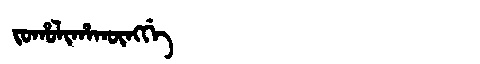
Manchu: ᠵᠣᡥᠣᠯᡳᡥᠠᡴᡡᠩᡤᡝ
Romanization: JOHOLIHAKŪNGGE